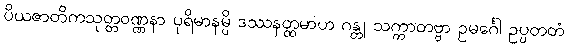
ပိယဇာတိကသုတ္တဝဏ္ဏနာ ပုရိမာနမ္ပိ ဒဿနတ္ထမာဟ ဂန္တု သက္ကာတဗ္ဗာ ဥမင်္ဂေါ ဥပ္ပတတံ